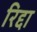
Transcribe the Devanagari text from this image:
रिद्दा